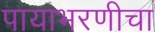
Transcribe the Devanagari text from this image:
पायाभरणीचा